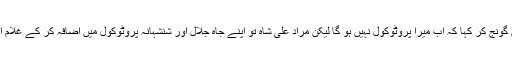
حالیہ نومنتخب وزیر اعلیٰ نے اسمبلی میں گونج کر کہا کہ اب میرا پروٹوکول نہیں ہو گا لیکن مراد علی شاہ تو اپنے جاہ جلال اور شنشہانہ پروٹوکول میں اضافہ کر کے غلام ابن غلام ذہنیت کے شہکار نظر آرہے ہیں۔